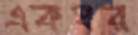
একঘর